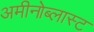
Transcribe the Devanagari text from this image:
अमीनोब्लास्ट